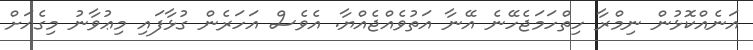
އަނެއްކޮޅުން ނިމްރާ ހިތްހަމަޖެހޭނެ އޭނާ އަތުވެއްޖެއްޔާ. އެވެސް އަހަރެން ގުޅާފައި މިޢުވާނު މިގެއަށް